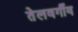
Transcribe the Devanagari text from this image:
तेलवर्गीय